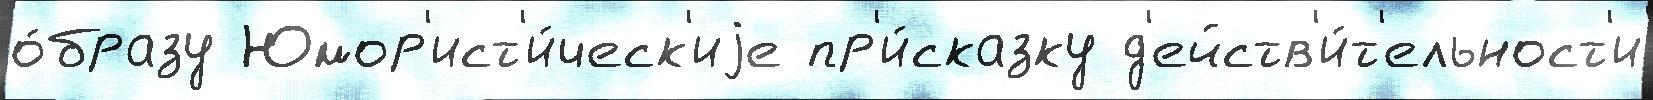
о́бразу Юмор'ист'и́ческ'иjе пр'и́сказку д'ейств'и́т'ельност'и